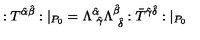
: T ^ { \hat { \alpha } \hat { \beta } } : | _ { P _ { 0 } } = \Lambda _ { \ \hat { \gamma } } ^ { \hat { \alpha } } \Lambda _ { \ \hat { \delta } } ^ { \hat { \beta } } : \bar { T } ^ { \hat { \gamma } \hat { \delta } } : | _ { P _ { 0 } }